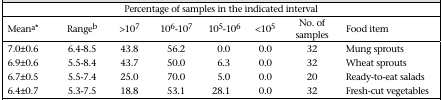
<table><thead><tr><td colspan="8"><b>Percentage of samples in the indicated interval</b></td></tr><tr><td><b>Mean<sup>a</sup>*</b></td><td><b>Range<sup>b</sup></b></td><td><b>&gt;107</b></td><td><b>106-107</b></td><td><b>105-106</b></td><td><b>&lt;105</b></td><td><b>No. of samples</b></td><td><b>Food item</b></td></tr></thead><tbody><tr><td>7.0±0.6</td><td>6.4-8.5</td><td>43.8</td><td>56.2</td><td>0.0</td><td>0.0</td><td>32</td><td>Mung sprouts</td></tr><tr><td>6.9±0.6</td><td>5.5-8.4</td><td>43.7</td><td>50.0</td><td>6.3</td><td>0.0</td><td>32</td><td>Wheat sprouts</td></tr><tr><td>6.7±0.5</td><td>5.5-7.4</td><td>25.0</td><td>70.0</td><td>5.0</td><td>0.0</td><td>20</td><td>Ready-to-eat salads</td></tr><tr><td>6.4±0.7</td><td>5.3-7.5</td><td>18.8</td><td>53.1</td><td>28.1</td><td>0.0</td><td>32</td><td>Fresh-cut vegetables</td></tr></tbody></table>